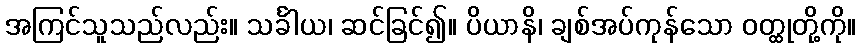
အကြင်သူသည်လည်း။ သင်္ခါယ၊ ဆင်ခြင်၍။ ပိယာနိ၊ ချစ်အပ်ကုန်သော ဝတ္ထုတို့ကို။